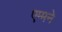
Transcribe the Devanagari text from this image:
एम्मने